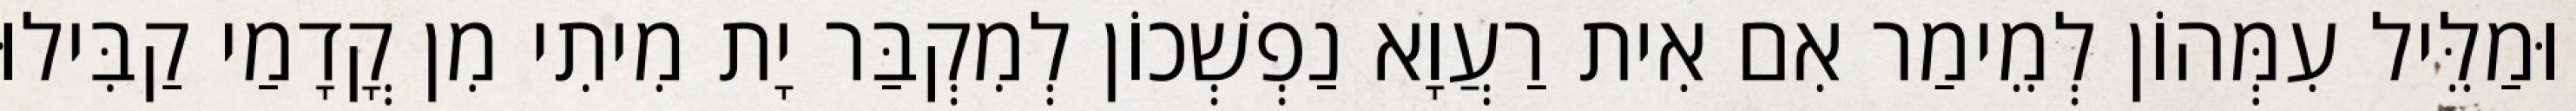
וּמַלֵּיל עִמְּהוֹן לְמֵימַר אִם אִית רַעֲוָא נַפְשְׁכוֹן לְמִקְבַּר יָת מִיתִי מִן קֳדָמַי קַבִּילוּ